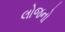
લોજનો